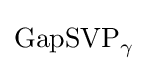
{\text{GapSVP}}_{\gamma }